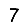
Digit: 7